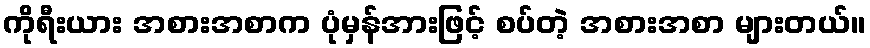
ကိုရီးယား အစားအစာက ပုံမှန်အားဖြင့် စပ်တဲ့ အစားအစာ များတယ်။